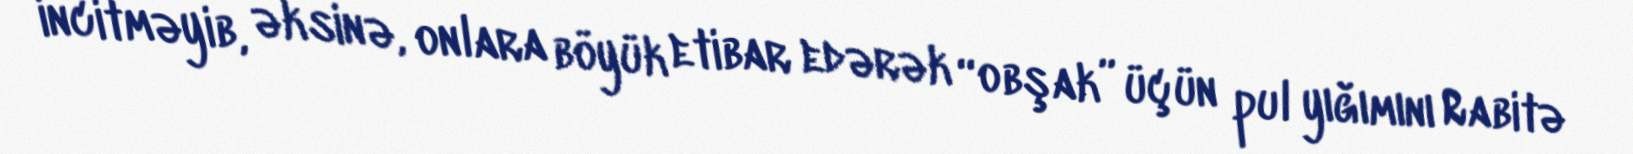
incitməyib, əksinə, onlara böyük etibar edərək “obşak” üçün pul yığımını Rabitə